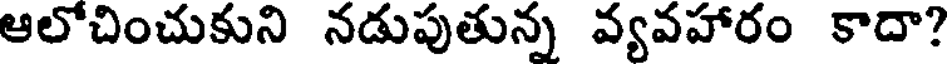
ఆలోచించుకుని నడుపుతున్న వ్యవహారం కాదా?